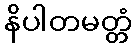
နိပါတမတ္တံ